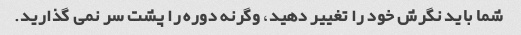
شما باید نگرش خود را تغییر دهید، وگرنه دوره را پشت سر نمی گذارید.